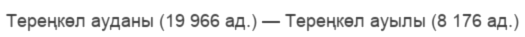
Тереңкөл ауданы (19 966 ад.) — Тереңкөл ауылы (8 176 ад.)